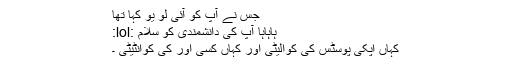
جس نے آپ کو آئی لو یو کہا تھا
ہاہاہا آپ کی دانشمندی کو سلام :lol:
کہاں اپکی پوسٹس کی کوالیٹی اور کہاں کسی اور کی کوانٹیٹی ۔